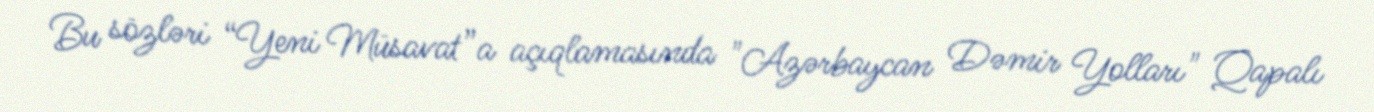
Bu sözləri “Yeni Müsavat”a açıqlamasında "Azərbaycan Dəmir Yolları" Qapalı